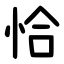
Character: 恰